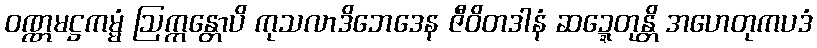
ဝဏ္ဏမဋ္ဌကမ္မံ ဩက္ကန္တောပိ ကုသလာဒိဘေဒေန ဇီဝိတဒါနံ ဆဍ္ဍေတုန္တိ အဟေတုကပဒံ